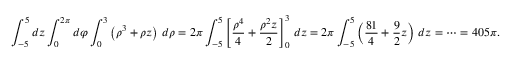
\int _ { - 5 } ^ { 5 } d z \int _ { 0 } ^ { 2 \pi } d \varphi \int _ { 0 } ^ { 3 } \left( \rho ^ { 3 } + \rho z \right) \, d \rho = 2 \pi \int _ { - 5 } ^ { 5 } \left[ { \frac { \rho ^ { 4 } } { 4 } } + { \frac { \rho ^ { 2 } z } { 2 } } \right] _ { 0 } ^ { 3 } \, d z = 2 \pi \int _ { - 5 } ^ { 5 } \left( { \frac { 8 1 } { 4 } } + { \frac { 9 } { 2 } } z \right) \, d z = \cdots = 4 0 5 \pi .